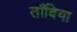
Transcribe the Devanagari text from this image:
ताँबिया